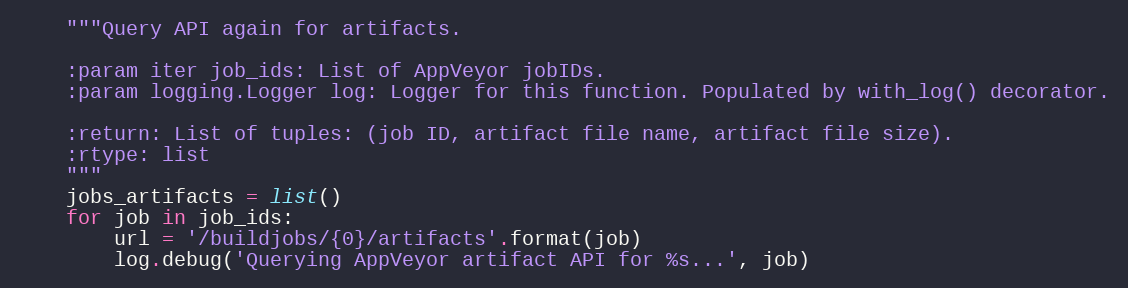
Language: Python
    """Query API again for artifacts.

    :param iter job_ids: List of AppVeyor jobIDs.
    :param logging.Logger log: Logger for this function. Populated by with_log() decorator.

    :return: List of tuples: (job ID, artifact file name, artifact file size).
    :rtype: list
    """
    jobs_artifacts = list()
    for job in job_ids:
        url = '/buildjobs/{0}/artifacts'.format(job)
        log.debug('Querying AppVeyor artifact API for %s...', job)